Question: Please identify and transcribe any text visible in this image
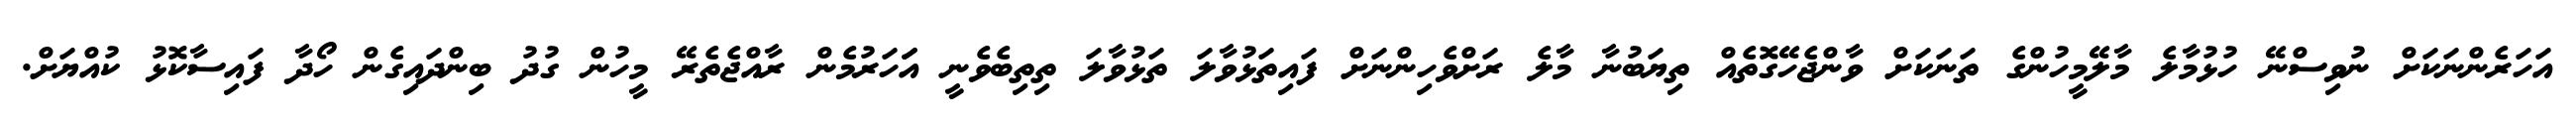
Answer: އަހަރެންނަކަށް ނުވިސްނޭ ހުޅުމާލެ މާލޭމީހުންގެ ތަނަކަށް ވާންޖެހޭގޮތެއް ތިޔަބުނާ މާލެ ރަށްވެހިންނަށް ފައިތަޅުވާލަ ތަޅުވާލަ ތިތިބެވެނީ އަަހަރުމެން ރާއްޖެތެރޭ މީހުން ގުދު ބިންދައިގެން ހޯދާ ފައިސާކޮޅު ކުއްޔަށް.